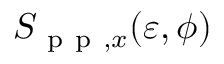
S _ { \mathrm { ~ p ~ p ~ } , x } ( \varepsilon , \phi )